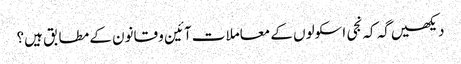
دیکھیں گہ کہ نجی اسکولوں کے معاملات آئین و قانون کے مطابق ہیں؟